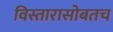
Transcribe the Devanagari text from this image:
विस्तारासोबतच